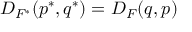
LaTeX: D _ { F ^ { * } } ( p ^ { * } , q ^ { * } ) = D _ { F } ( q , p )